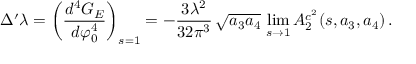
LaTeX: \Delta ^ { \prime } \lambda = \left( \frac { d ^ { 4 } G _ { E } } { d \varphi _ { 0 } ^ { 4 } } \right) _ { s = 1 } = - \frac { 3 \lambda ^ { 2 } } { 3 2 \pi ^ { 3 } } \, \sqrt { a _ { 3 } a _ { 4 } } \, \operatorname * { l i m } _ { s \rightarrow 1 } A _ { 2 } ^ { c ^ { 2 } } ( s , a _ { 3 } , a _ { 4 } ) \, .